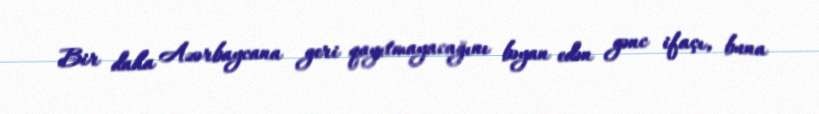
Bir daha Azərbaycana geri qayıtmayacağını bəyan edən gənc ifaçı, buna